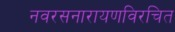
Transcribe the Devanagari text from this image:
नवरसनारायणविरचित